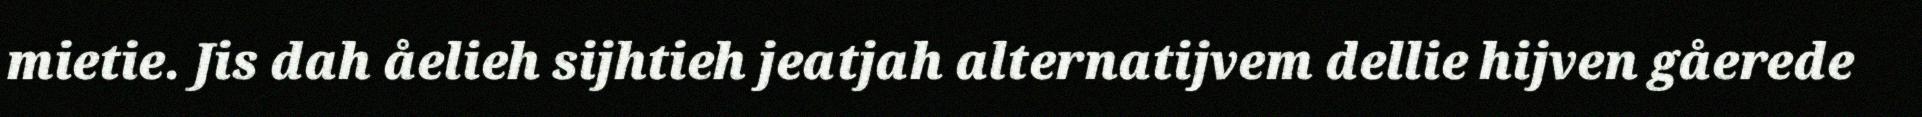
mietie. Jis dah åelieh sijhtieh jeatjah alternatijvem dellie hijven gåerede